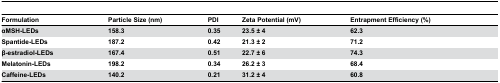
<table><thead><tr><td><b>Formulation</b></td><td><b>Particle Size (nm)</b></td><td><b>PDI</b></td><td><b>Zeta Potential (mV)</b></td><td><b>Entrapment Efficiency (%)</b></td></tr></thead><tbody><tr><td><b>αMSH-LEDs</b></td><td><b>158.3</b></td><td><b>0.35</b></td><td><b>23.5 ± 4</b></td><td><b>62.3</b></td></tr><tr><td><b>Spantide-LEDs</b></td><td><b>187.2</b></td><td><b>0.42</b></td><td><b>21.3 ± 2</b></td><td><b>71.2</b></td></tr><tr><td><b>β-estradiol-LEDs</b></td><td><b>167.4</b></td><td><b>0.51</b></td><td><b>22.7 ± 6</b></td><td><b>74.3</b></td></tr><tr><td><b>Melatonin-LEDs</b></td><td><b>198.2</b></td><td><b>0.34</b></td><td><b>26.2 ± 3</b></td><td><b>68.4</b></td></tr><tr><td><b>Caffeine-LEDs</b></td><td><b>140.2</b></td><td><b>0.21</b></td><td><b>31.2 ± 4</b></td><td><b>60.8</b></td></tr></tbody></table>